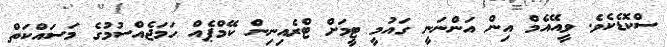
ސްކޮޑެކެވެ. ވީއޭއެމް އިން އަންނަނީ ގައުމީ ޓީމަށް ޓްރެއިނިން ކޭމްޕެއް ހަމަޖެއްސުމުގެ މަސައްކަތް